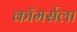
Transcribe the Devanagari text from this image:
कॉमर्सला